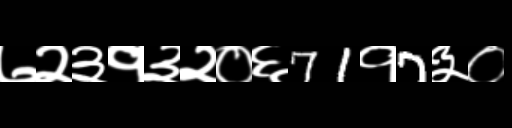
Text: ७२३१३२०६71१7३०